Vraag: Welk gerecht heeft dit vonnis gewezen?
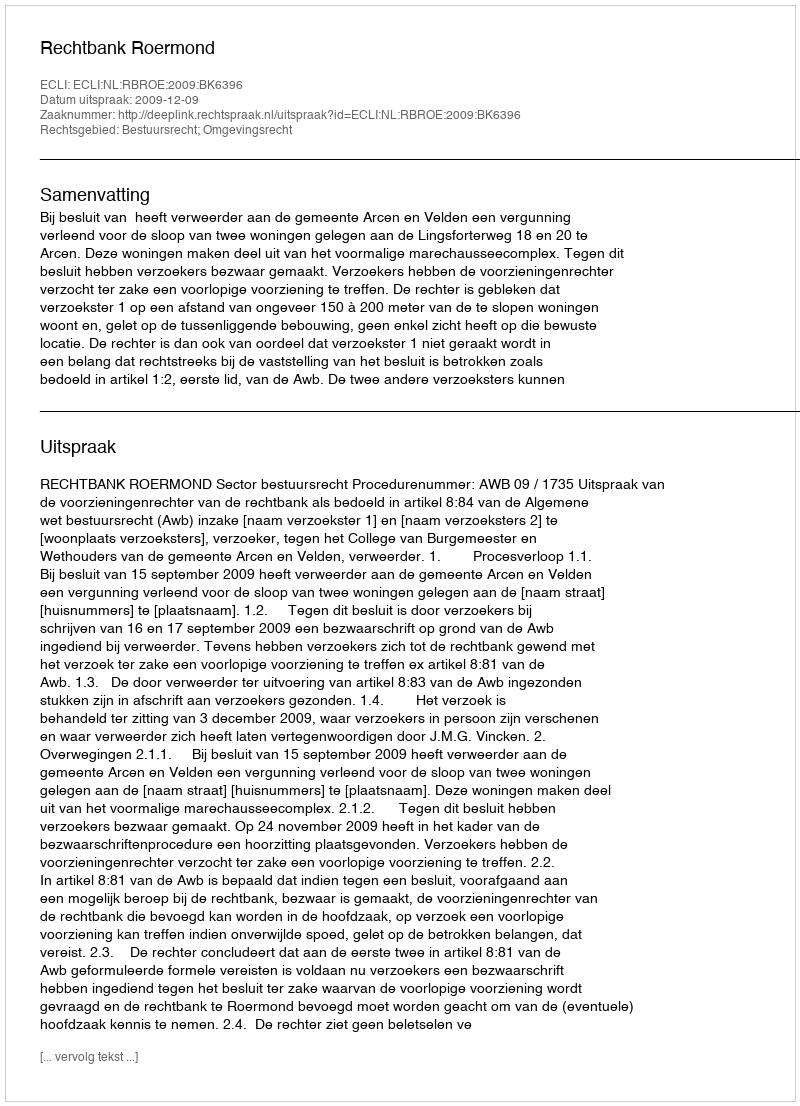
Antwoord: Rechtbank Roermond